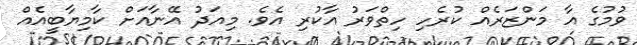
ވުމުގެ އާ މަންޒަރެއް ކުރެހި ހިތްވަރު އާކުރި އެވެ. މިއަދު އޭނާއަށް ކާމިޔާބީއެއް